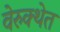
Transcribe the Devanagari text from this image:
वेरुक्थेत